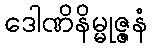
ဒေါဏိနိမ္မုဇ္ဇနံ